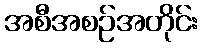
အစီအစဉ်အတိုင်း